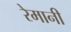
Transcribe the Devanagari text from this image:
रेमानी